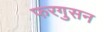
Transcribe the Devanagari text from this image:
फरगुसन